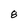
Character: 8